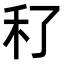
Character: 䄦